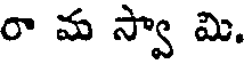
రా మ స్వా మి.